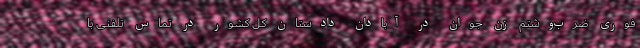
‌فوری ضرب‌وشتم زن جوان در آبادان دادستان کل کشور در تماس تلفنی با